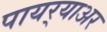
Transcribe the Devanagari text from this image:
पायर्‍याअर